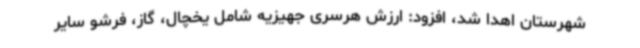
شهرستان اهدا شد، افزود: ارزش هرسری جهیزیه شامل یخچال، گاز، فرشو سایر